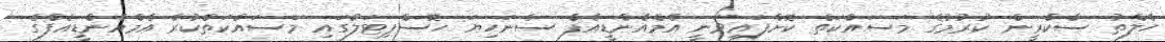
ހެލްތު ސްކްރީން ކުރުމުގެ މަސައްކަތް ކޮށްފައިވަނީ އެމްއެންޑީއެފް ސެނަހިޔަ ހޮސްޕިޓަލުގައި މަސައްކަތްކުރާ އެމްއެންޑީއެފްގެ